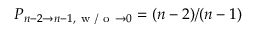
P _ { n - 2 \to n - 1 , \mathrm { ~ w ~ / ~ o ~ } \to 0 } = ( n - 2 ) / ( n - 1 )